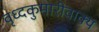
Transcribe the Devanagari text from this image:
वृध्दकुमारीवाक्य